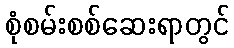
စုံစမ်းစစ်ဆေးရာတွင်